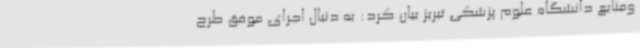
ومنابع دانشگاه علوم پزشکی تبریز بیان کرد: به دنبال اجرای موفق طرح